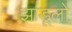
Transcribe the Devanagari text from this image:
झाडूलो